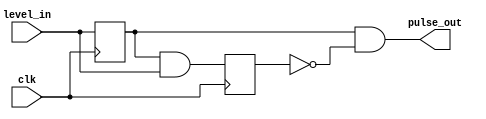
module Level_to_Pulse (
    input clk,       // Clock de entrada
    input level_in,  // Sinal de nvel de entrada
    output pulse_out  // Sada do pulso
);


reg FFD1;
reg FFD2;

initial begin
	FFD1 = 1'b0;
	FFD2 = 1'b0;
end
always @(posedge clk) begin
    FFD1 <= level_in;
	 FFD2 <= FFD1 & level_in;
end
wire aneg;
not(aneg, FFD2);
and(pulse_out, FFD1, aneg);
endmodule